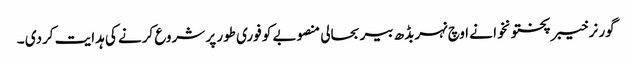
گور نر خیبر پختونخوا نے اوچ نہربڈھ بیر بحالی منصوبے کو فوری طور پر شروع کرنے کی ہدایت کردی ۔